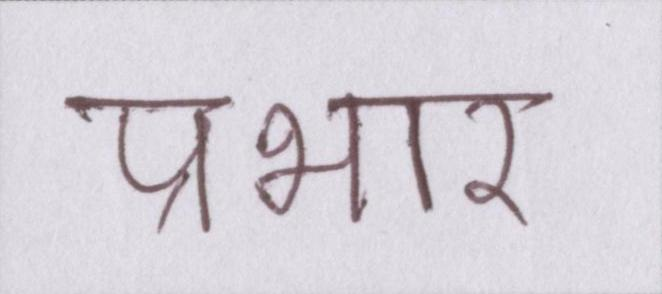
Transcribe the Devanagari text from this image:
प्रभार